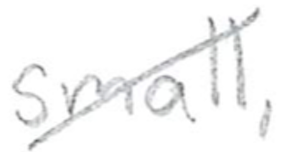
Text: small,
Cross-out: diagonal
Writing tool: pencil